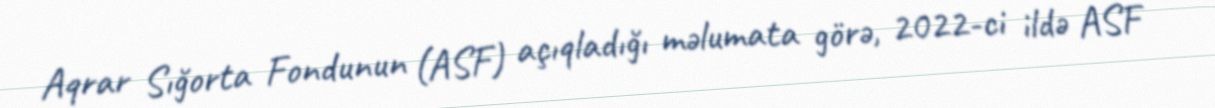
Aqrar Sığorta Fondunun (ASF) açıqladığı məlumata görə, 2022-ci ildə ASF